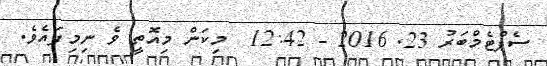
ސެޕްޓެމްބަރު 23